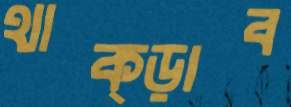
থাক্‌ড়াব